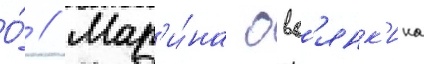
О́ // Мар'и́на овс'янк'ина